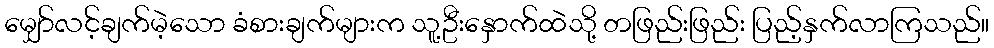
မျှော်လင့်ချက်မဲ့သော ခံစားချက်များက သူ့ဦးနှောက်ထဲသို့ တဖြည်းဖြည်း ပြည့်နှက်လာကြသည်။